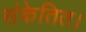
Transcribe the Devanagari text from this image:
संकेतित।